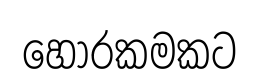
හොරකමකට